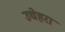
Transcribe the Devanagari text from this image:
उचेहरा